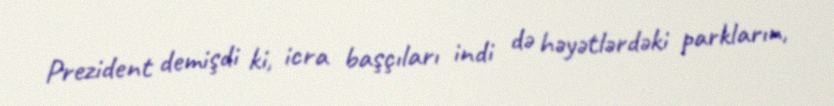
Prezident demişdi ki, icra başçıları indi də həyətlərdəki parkların,